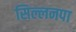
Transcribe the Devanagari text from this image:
सिल्लनपा